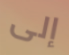
إلى